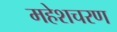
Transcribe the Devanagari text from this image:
महेशचरण